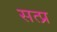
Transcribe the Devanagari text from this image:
सत्प्र